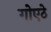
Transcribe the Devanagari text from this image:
गोएठे